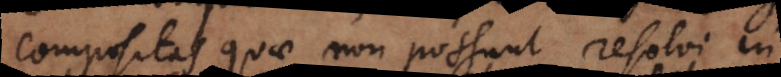
compositas quae non possunt resolvi in